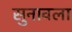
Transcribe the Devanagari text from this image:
सुनावला